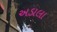
અડાલા